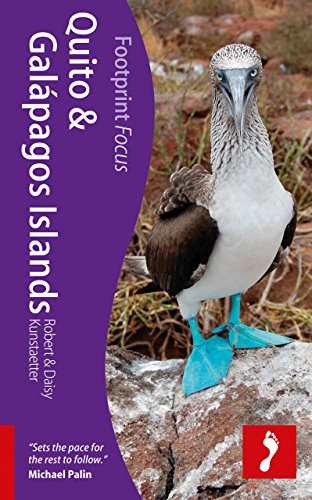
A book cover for Quito & Galapagos Islands (Footprint Focus); Daisy Kunstaetter; Travel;